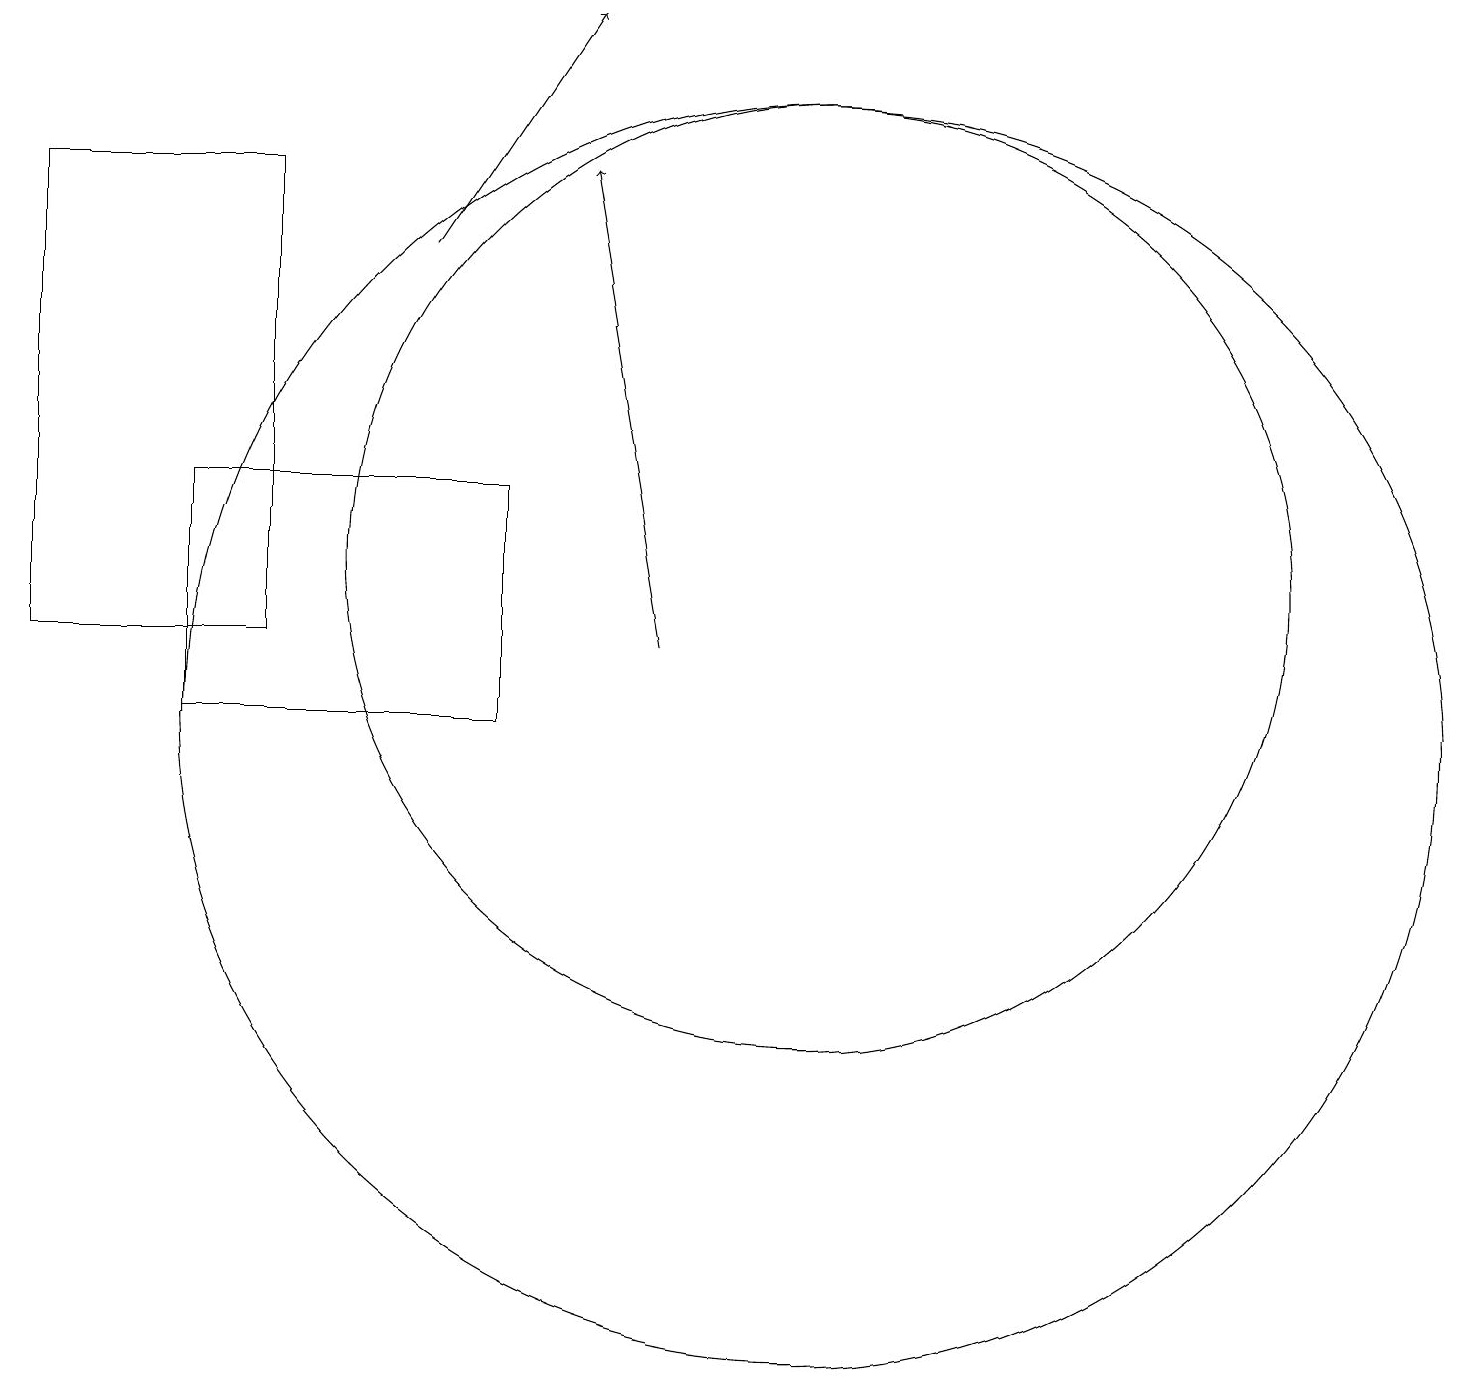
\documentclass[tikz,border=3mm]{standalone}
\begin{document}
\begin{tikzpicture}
\draw (11,10) circle (8);
\draw (7,10) rectangle (3,13);
\draw (4,17) rectangle (1,11);
\draw[->] (6,16) -- (8,19);
\draw (11,12) circle (6);
\draw[->] (9,11) -- (8,17);
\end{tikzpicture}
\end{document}